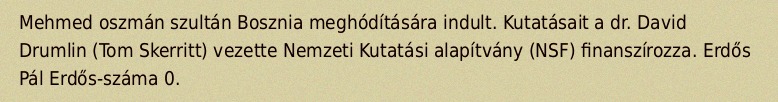
Mehmed oszmán szultán Bosznia meghódítására indult. Kutatásait a dr. David Drumlin (Tom Skerritt) vezette Nemzeti Kutatási alapítvány (NSF) finanszírozza. Erdős Pál Erdős-száma 0.